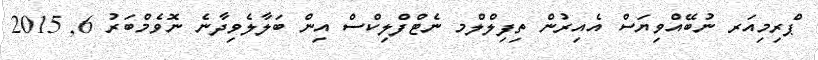
ޕްެރިމިއަރ ނުބޭއްވިޔަސް އެއިރުން ތިފިލްލްމ ނެޓްފްލިކްސް އިން ބަލާލެވިދާނެ ނޮވެމްބަރު 6